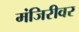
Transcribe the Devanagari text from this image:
मंजिरीवर